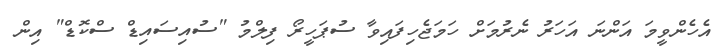
އެހެންވީމަ އަންނަ އަހަރު ނެރުމަށް ހަމަޖެހިފައިވާ ސުޕަހީރޯ ފިލްމު "ސުއިސައިޑް ސްކޮޑް" އިން